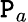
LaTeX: \mathtt{P}_{a}